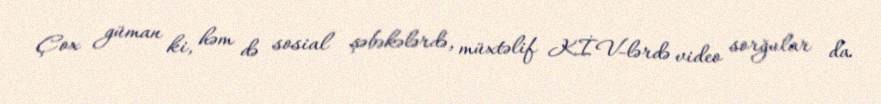
Çox güman ki, həm də sosial şəbəkələrdə, müxtəlif KİV-lərdə video sorğular da